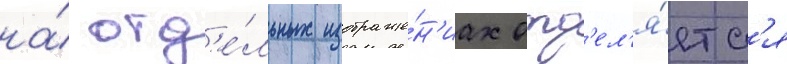
на́ отд'е́льных изображе́н'иах отд'ел'я́етс'я